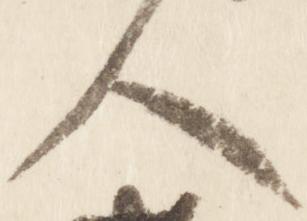
人